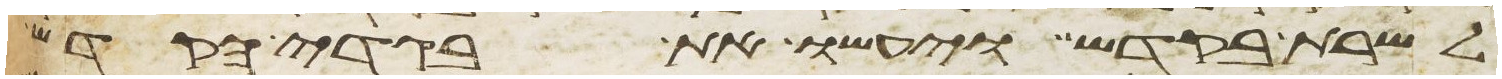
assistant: לשרת בקדש ויעשו את בגדי הקדש